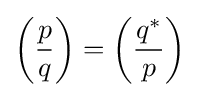
\left({\frac {p}{q}}\right)=\left({\frac {q^{*}}{p}}\right)